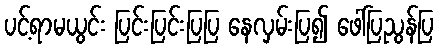
ပင့်ရာမယွင်း ပြင်းပြင်းပြပြ နေလှမ်းပြ၍ ဖေါ်ပြညွန်ပြ